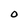
Character: O